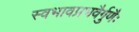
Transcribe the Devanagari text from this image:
स्वभावप्रभवैर्गुणैः